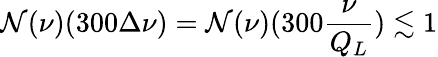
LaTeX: \mathcal{N}(\nu)(300\Delta\nu)=\mathcal{N}(\nu)(300\frac{{\nu}}{{Q_{L}}})\lesssim1